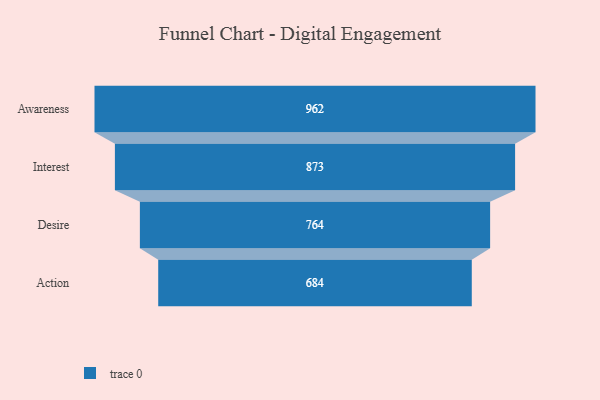
{"axis": {"x": "Stage", "y": "Value"}, "legend": [""], "data": [{"x": "Awareness", "y": 962.0, "type": ""}, {"x": "Interest", "y": 873.0, "type": ""}, {"x": "Desire", "y": 764.0, "type": ""}, {"x": "Action", "y": 684.0, "type": ""}]}